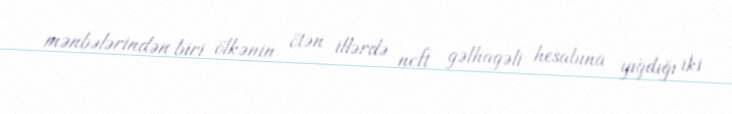
mənbələrindən biri ölkənin ötən illərdə neft gəlhagəli hesabına yığdığı iki